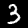
Digit: 3